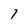
Character: l